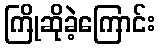
ကြိုဆိုခဲ့ကြောင်း